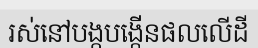
រស់នៅបង្កបង្កើនផលលើដី